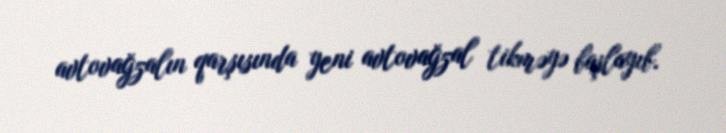
avtovağzalın qarşısında yeni avtovağzal tikməyə başlayıb.